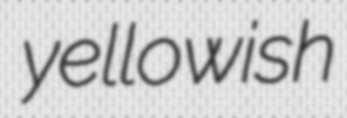
yellowish